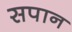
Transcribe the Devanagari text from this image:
सपान